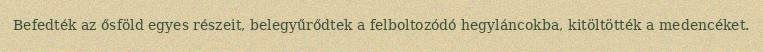
Befedték az ősföld egyes részeit, belegyűrődtek a felboltozódó hegyláncokba, kitöltötték a medencéket.